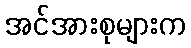
အင်အားစုများက